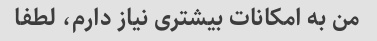
من به امکانات بیشتری نیاز دارم، لطفا